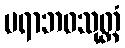
ပရာဘဝသုတ္တံ